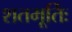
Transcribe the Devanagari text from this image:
शतमूर्तिः